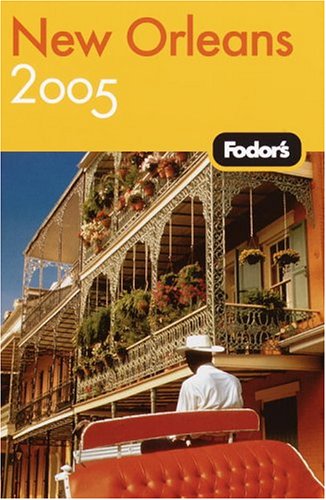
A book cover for Fodor's New Orleans 2005 (Fodor's Gold Guides); Fodor's; Travel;